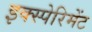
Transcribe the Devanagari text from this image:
इक्स्पेरिमेंट